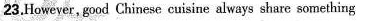
23.However, good Chinese cuisine always share something